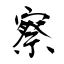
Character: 察